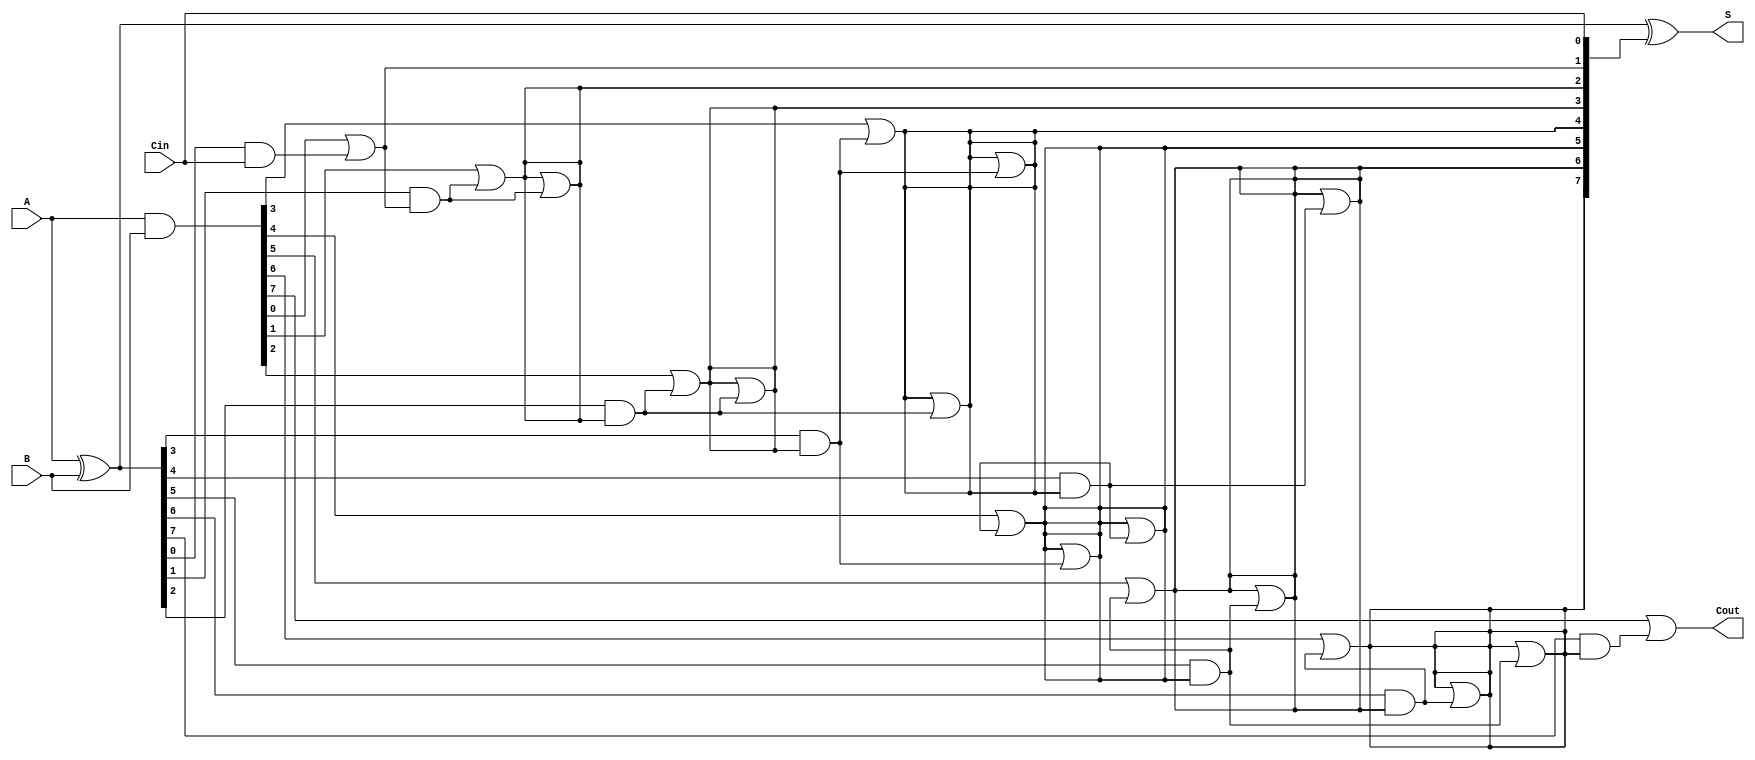
module KoggeStoneAdder #(
    parameter N = 8 // Width of the operands
)(
    input  [N-1:0] A,    // First operand
    input  [N-1:0] B,    // Second operand
    input         Cin,    // Carry-in
    output [N-1:0] S,     // Sum output
    output        Cout     // Carry-out
);

    // Generate and Propagate signals
    wire [N-1:0] G; // Generate
    wire [N-1:0] P; // Propagate
    wire [N:0] C;   // Carry signals

    // Generate and Propagate calculations
    assign G = A & B;          // Generate
    assign P = A ^ B;          // Propagate
    assign C[0] = Cin;         // Initial carry-in

    // Kogge-Stone Carry Generation
    genvar i, j, k;
    generate
        // Stage 1
        for (i = 0; i < N; i = i + 1) begin : stage1
            assign C[i+1] = G[i] | (P[i] & C[i]);
        end

        // Additional stages
        for (k = 1; k < $clog2(N); k = k + 1) begin : stages
            for (i = 0; i < N; i = i + 1) begin : stage
                if (i >= (1 << k)) begin
                    assign C[i] = C[i] | (P[i - (1 << (k-1))] & C[i - (1 << (k-1))]);
                end
            end
        end
    endgenerate

    // Sum Calculation
    assign S = P ^ C[N-1:0]; // Sum output
    assign Cout = C[N];      // Final carry-out

endmodule